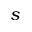
s